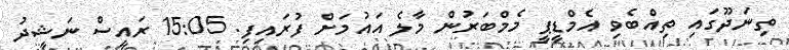
ތިނަދޫގައި ތިއްބެވި އެމްޑީޕީ މެމްބަރުން މާލެ އައުމަށް ފުރައިފި. 15:05 ރައީސް ނަޝީދު